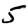
Digit: 5